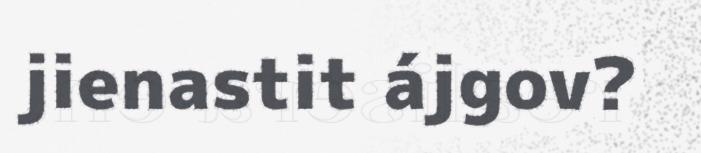
jienastit ájgov?